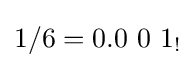
1/6=0.0\ 0\ 1_{!}